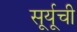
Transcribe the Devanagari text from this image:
सूर्यूची